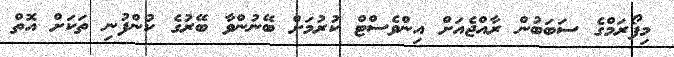
މިފޯރަމްގެ ސަބަބުން ރާއްޖެއަށް އިންވެސްޓް ކުރުމަށް ބޭނުންވާ ބޭރުގެ ކުންފުނި ތަކަށް އޮތް